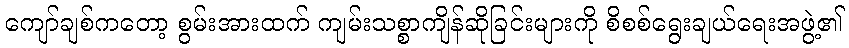
ကျော်ချစ်ကတော့ စွမ်းအားထက် ကျမ်းသစ္စာကျိန်ဆိုခြင်းများကို စိစစ်ရွေးချယ်ရေးအဖွဲ့၏